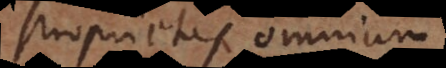
proprietas omnium